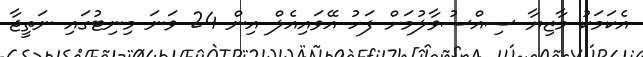
އެކަމަކު މާޒިޔާ ސިއްސުވާލުމަށް ފަހު އޭވައިއެލް އިން 24 ވަނަ މިނިޓުގައި ނަތީޖާ